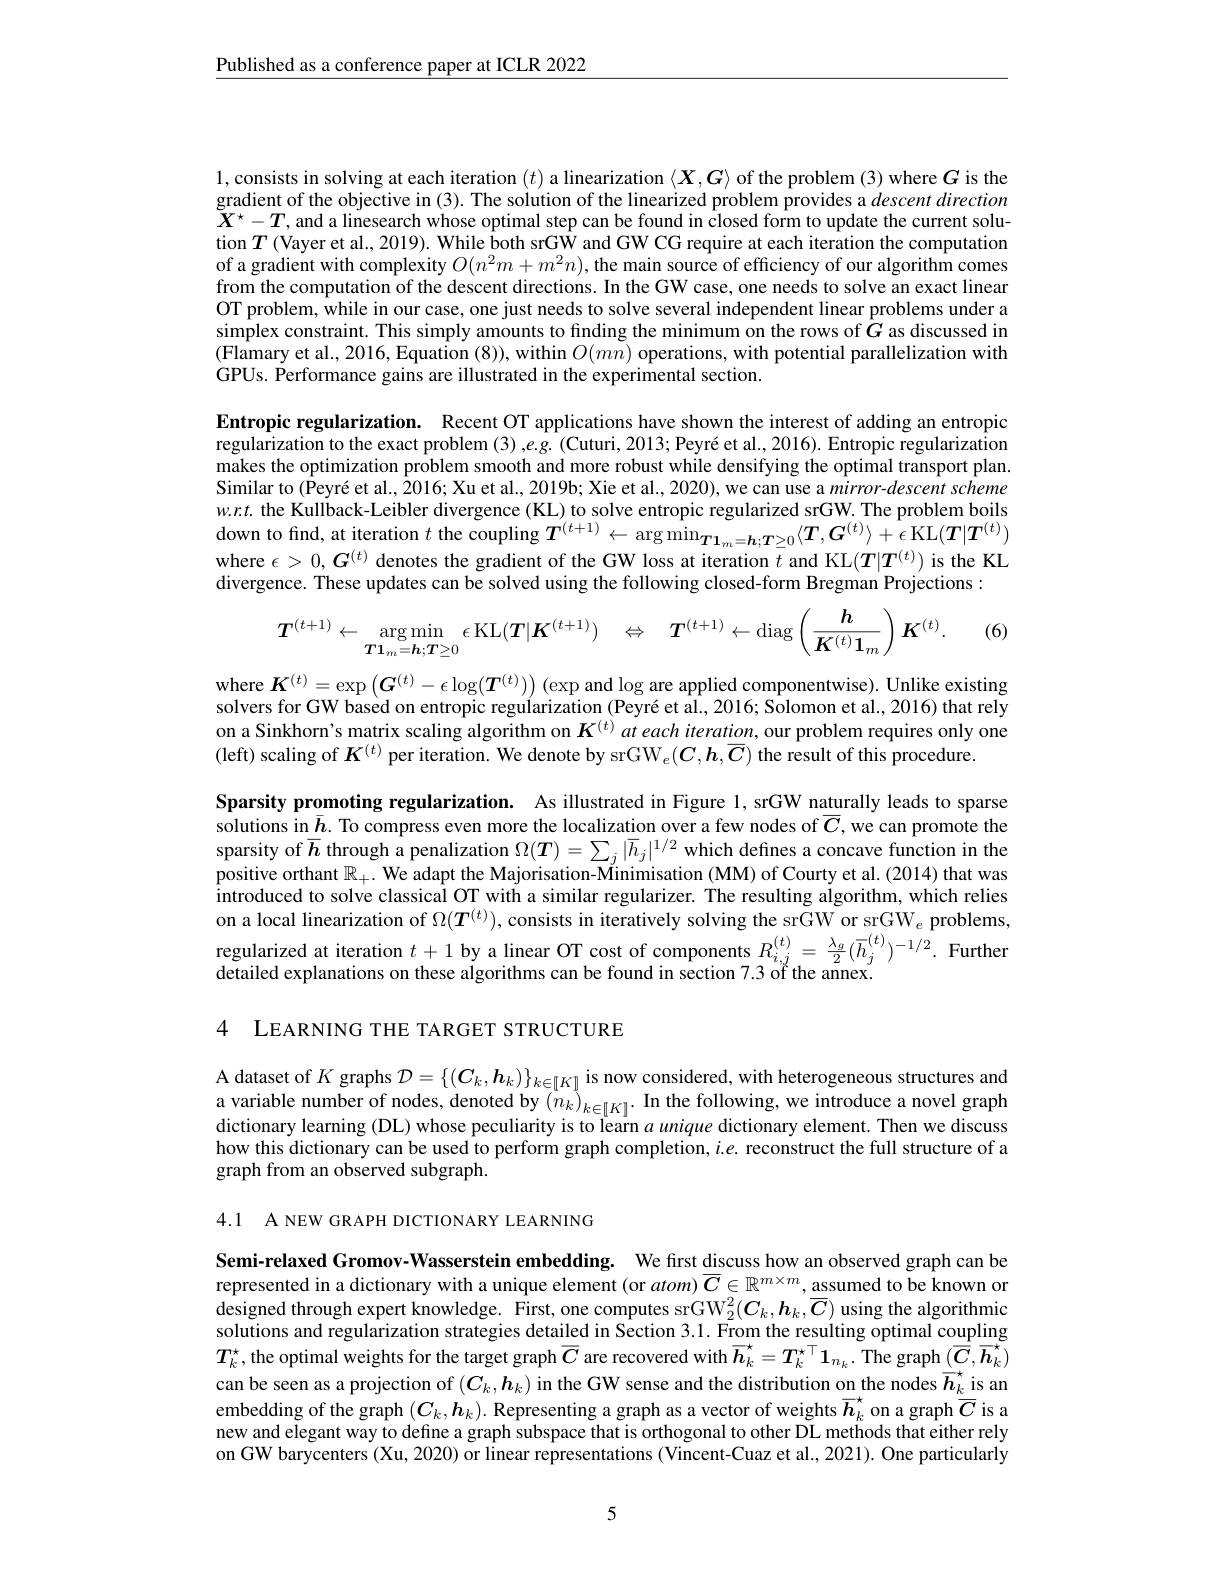
$\underline{\text{Published as a conference paper at ICLR 2022}}$

1,consists in solving at each iteration $(t)$ a linearization $\langle X,G\rangle$ of the problem (3) where $G$ is the gradient of the objective in (3). The solution of the linearized problem provides a descent direction $\bar{X}^\star-T$,and a linesearch whose optimal step can be found in closed form to update the current solution $T$ (Vayer et al., 2019). While both srG$\hat{\text{W and GW CG require at each iteration the computation}}$ of a gradient with complexity $O(n^2m+m^2n)$, the main source of efficiency of our algorithm comes from the computation of the descent directions. In the GW case, one needs to solve an exact linear OT problem, while in our case, one just needs to solve several independent linear problems under a $\begin{array}{c}\text{simplex constraint. This simply amounts to finding the minimum on the rows of }\hat{G}\end{array}$as discussed in $(\hat{\text{Flamary et al., 2016, Equation }}(8))$,within $O(mn)$ operations, with potential parallelization with GPUs. Performance gains are illustrated in the experimental section.

Entropic regularization. Recent OT applications have shown the interest of adding an entropic regularization to the exact problem (3) ,e.g. (Cuturi, 2013; Peyré et al., 2016). Entropic regularization makes the optimization problem smooth and more robust while densifying the optimal transport plan. Similar to (Peyré et al., $\hat{2}016;$ Xu et al., 2019b; Xie et al., 2020), we can use a mirror-descent scheme $w.r.t.$ the Kullback-Leibler divergence(KL) to solve entropic regularized srGW. The problem boils down to find, at iteration $t$ the coupling $T^{(t+1)}\leftarrow\arg\min_{\boldsymbol{T}\mathbf{1}_m=\boldsymbol{h};\boldsymbol{T}\geq0}\langle\boldsymbol{T},\boldsymbol{G}^{(t)}\rangle+\epsilon$ KL$(\boldsymbol{T}|\boldsymbol{T}^{(t)})$ where $\epsilon>0,G^{(t)}$ denotes the gradient of the GW loss at iteration $t$ and KL$(\boldsymbol T|\boldsymbol T^{(t)})$ is the KL divergence. These updates can be solved using the following closed-form Bregman Projections :

(6)
$$T^{(t+1)}\leftarrow\underset{\boldsymbol{T1}_{m}=\boldsymbol{h};\boldsymbol{T}\geq0}{\operatorname*{\arg\min}}\epsilon\operatorname{KL}(\boldsymbol{T}|\boldsymbol{K}^{(t+1)})\quad\Leftrightarrow\quad\boldsymbol{T}^{(t+1)}\leftarrow\operatorname{diag}\left(\frac{\boldsymbol{h}}{\boldsymbol{K}^{(t)}\boldsymbol{1}_{m}}\right)\boldsymbol{K}^{(t)}.$$
$\begin{aligned}\text{where }\boldsymbol{K}^{(t)}=\exp\left(\boldsymbol{G}^{(t)}-\epsilon\log(\boldsymbol{T}^{(t)})\right)\mathrm{~(exp~and~log~are~applied~componentwise).~Unlike~existing}\\\text{where }\boldsymbol{K}^{(t)}=\exp\left(\boldsymbol{G}^{(t)}-\epsilon\log(\boldsymbol{T}^{(t)})\right)\mathrm{~(exp~and~log~are~applied~componentwise).~Unllike~existing}\end{aligned}$ solvers for GW basèd on entropic regularization (Peyré et al., 2016; Solomon et al., 2016) that rely on a Sinkhorn's matrix scaling algorithm on $K^{(t)}$ at each iteration, our problem requires only one (left) scaling of $K^{(t)}$ per iteration. We denote by srGW$_e(\boldsymbol C,\boldsymbol{h},\overline{\boldsymbol{C}})$ the result of this procedure.

Sparsity promoting regularization. As illustrated in Figure 1, srGW naturally leads to sparse solutions in $\underline{h}.$ To compress even more the localization over a few nodes of $\overline{C}$, we can promote the sparsity of $\overline{h}$ through a penalization $\Omega(T)=\sum_j|\overline{h}_j|^{1/2}$ which defines a concave function in the positive orthant $\mathbb{R}_+.$ We adapt the Majorisation-Minimisation (MM) of Courty et al. (2014) that was $\hat{\text{introduced to solve classical OT with a similar regularizer. The resulting algorithm, which relies}}$ on a local linearization of $\Omega(T^{(t)})$, consists in iteratively solving the srGW or srGW $_e$ problems, regularized at iteration $t+1$ by a linear OT cost of components $R_{i,j}^{(t)}=\frac{\lambda_g}{2}(\overline{h}_j^{(t)})^{-1/2}.$ Further detailed explanations on these algorithms can be found in section 7.3 of the annex.

4 LEARNING THE TARGET STRUCTURE

A dataset of $K$ graphs $\mathcal{D}=\{(\boldsymbol C_k,\boldsymbol{h}_k)\}_{k\in[K]}$ is now considered, with heterogeneous structures and a variable number of nodes, denoted by $\left(\overset{*}{\operatorname*{n}}_k\right)_{k\in[K]}.$ In the following, we introduce a novel graph dictionary learning (DL) whose peculiarity is to learn $a$ unique dictionary element. Then we discuss how this dictionary can be used to perform graph completion, $i.e.$ reconstruct the full structure of a graph from an observed subgraph.

4.1 A NEW GRAPH DICTIONARY LEARNING

Semi-relaxed Gromov-Wasserstein embedding. We first discuss how an observed graph can be represented in a dictionary with a unique element (or $atom)\overline{C}\in\mathbb{R}^{m\times m},\overline{\text{assumed tobe known or}}$ designed through expert knowledge. First, one computes srGW$_2^2(\boldsymbol{C}_k,\boldsymbol{h}_k,\overline{C})$ using the algorithmic solutions and regularization strategies detailed in Section 3.1. From the resulting optimal coupling $T_k^*$, the optimal weights for the target graph $\overline{C}$ are recovered with $\overline{\boldsymbol{h}}_k^\star=\boldsymbol{T}_k^\star^\top\boldsymbol{1}_{n_k}.$ The graph $(\overline{\boldsymbol{C}},\overline{\boldsymbol{h}}_k^\star)$ can be seen as a projection of $(\boldsymbol{C}_k,\boldsymbol{h}_k)$ in the GW sense and the distribution on the nodes $\overline{\boldsymbol{h}}_k$ is an embedding of the graph $(\boldsymbol{C}_k,\boldsymbol{h}_k).$ Representing a graph as a vector of weights $\overline{\boldsymbol{h}}_k^{\star}$ on a graph $\overline{C}$ is a new and elegant way to define a graph subspace that is orthogonal to other DL methods that either rely on GW barycenters (Xu, 2020) or linear representations (Vincent-Cuaz et al., 2021). One particularly

5